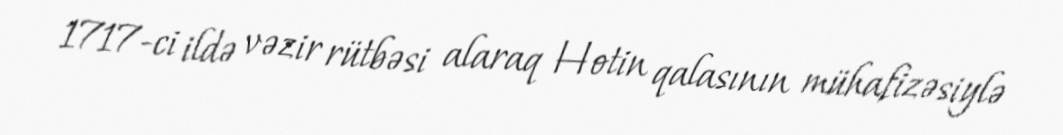
1717-ci ildə vəzir rütbəsi alaraq Hotin qalasının mühafizəsiylə